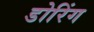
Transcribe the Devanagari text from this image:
डोरिंग